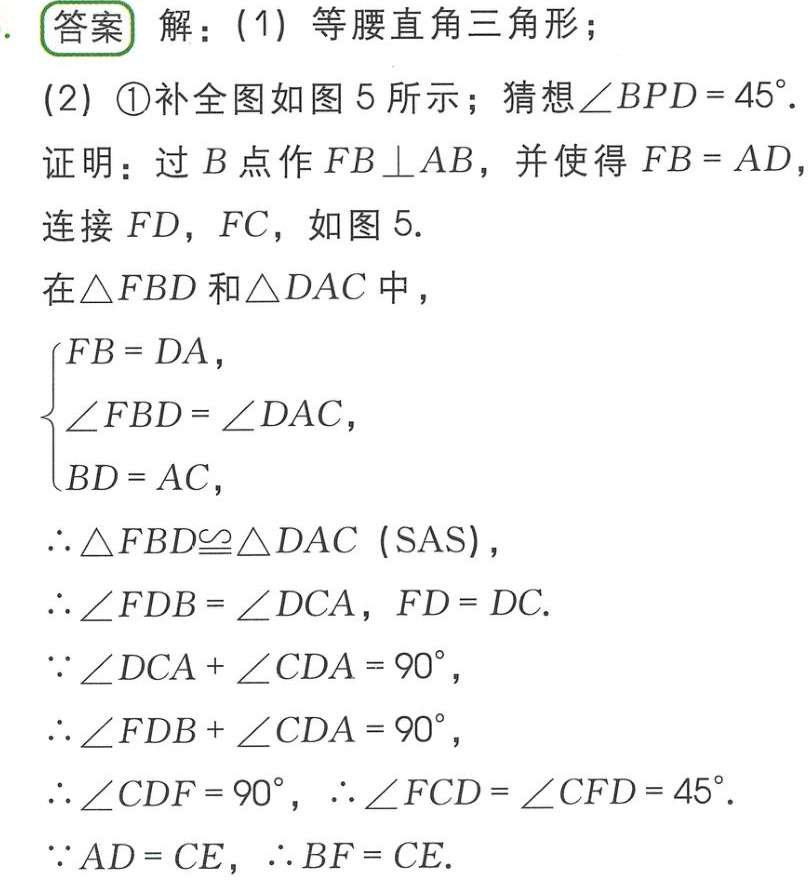
答案 解：(1) 等腰直角三角形；
(2) \textcircled{1}补全图如图 5 所示；猜想\(\angle BPD = 45^{\circ}\).
证明：过\(B\)点作\(FB\perp AB\)，并使得\(FB = AD\)，连接\(FD\)，\(FC\)，如图 5.
在\(\triangle FBD\)和\(\triangle DAC\)中，
\(\begin{cases}
FB = DA,\\
\angle FBD = \angle DAC,\\
BD = AC,
\end{cases}\)
\(\therefore\triangle FBD\cong\triangle DAC\) (SAS)，
\(\therefore\angle FDB = \angle DCA\)，\(FD = DC\).
\(\because\angle DCA + \angle CDA = 90^{\circ}\)，
\(\therefore\angle FDB + \angle CDA = 90^{\circ}\)，
\(\therefore\angle CDF = 90^{\circ}\)，\(\therefore\angle FCD = \angle CFD = 45^{\circ}\).
\(\because AD = CE\)，\(\therefore BF = CE\).